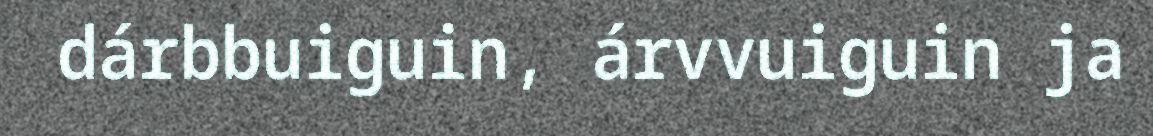
dárbbuiguin, árvvuiguin ja